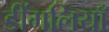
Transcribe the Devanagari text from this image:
डींगलियाँ